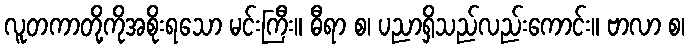
လူတကာတို့ကိုအစိုးရသော မင်းကြီး။ ဓီရာ စ၊ ပညာရှိသည်လည်းကောင်း။ ဗာလာ စ၊